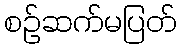
စဉ်ဆက်မပြတ်